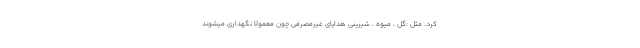
کرد. مثل :گل ، میوه ، شیرینی هدایای غیرمصرفی چون معمولا نگهداری میشوند